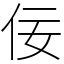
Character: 佞